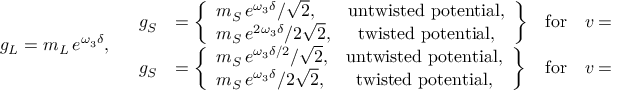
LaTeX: g _ { L } = m _ { L } \, e ^ { \omega _ { 3 } \delta } , \quad \begin{array} { l l l l } { { g _ { S } } } & { { = \left\{ \begin{array} { l c } { { m _ { S } \, e ^ { \omega _ { 3 } \delta } / \sqrt 2 , } } & { { \mathrm { u n t w i s t e d ~ p o t e n t i a l } , } } \\ { { m _ { S } \, e ^ { 2 \omega _ { 3 } \delta } / 2 \sqrt 2 , } } & { { \mathrm { t w i s t e d ~ p o t e n t i a l } , } } \end{array} \right\} } } & { { \mathrm { f o r } } } & { { v = \rho ^ { \vee } , } } \\ { { g _ { S } } } & { { = \left\{ \begin{array} { l c } { { m _ { S } \, e ^ { \omega _ { 3 } \delta / 2 } / \sqrt 2 , } } & { { \mathrm { u n t w i s t e d ~ p o t e n t i a l } , } } \\ { { m _ { S } \, e ^ { \omega _ { 3 } \delta } / 2 \sqrt 2 , } } & { { \mathrm { t w i s t e d ~ p o t e n t i a l } , } } \end{array} \right\} } } & { { \mathrm { f o r } } } & { { v = \rho . } } \end{array}